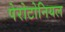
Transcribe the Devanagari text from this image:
पेरोटोनियल